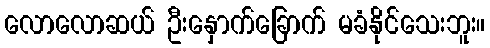
လောလောဆယ် ဦးနှောက်ခြောက် မခံနိုင်သေးဘူး။